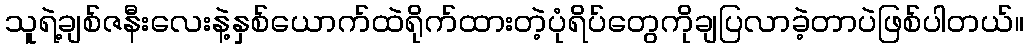
သူရဲ့ချစ်ဇနီးလေးနဲ့နှစ်ယောက်ထဲရိုက်ထားတဲ့ပုံရိပ်တွေကိုချပြလာခဲ့တာပဲဖြစ်ပါတယ်။